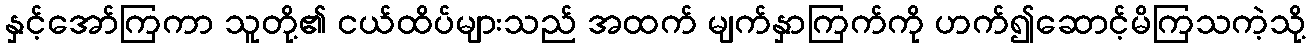
နှင့်အော်ကြကာ သူတို့၏ ငယ်ထိပ်များသည် အထက် မျက်နှာကြက်ကို ဟက်၍ဆောင့်မိကြသကဲ့သို့